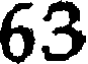
63